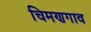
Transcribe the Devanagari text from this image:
चिमणगाव